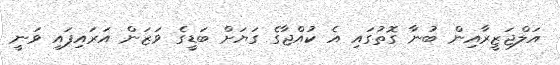
އަލްޖަޒީރާއިން ބުނާ ގޮތުގައި އެ ކުއްޖާގެ ގަޔަށް ބަޑީގެ ވަޒަން އަރައިފައި ވަނީ